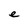
Character: e